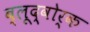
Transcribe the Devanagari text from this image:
ब्लूद्वोर्क